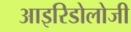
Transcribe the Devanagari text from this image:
आइरिडोलोजी